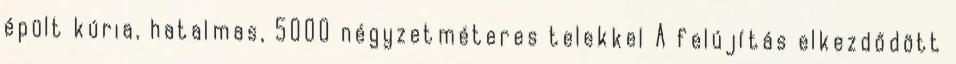
épült kúria, hatalmas, 5000 négyzetméteres telekkel A felújítás elkezdődött